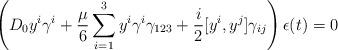
LaTeX: \begin{align*}\left(D_0 y^i\gamma^i + {\mu\over 6} \sum_{i=1}^3 y^i\gamma^i\gamma_{123} +{i\over 2}[y^i,y^j]\gamma_{ij}\right)\epsilon(t)=0\end{align*}